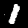
Label: 1